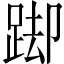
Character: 踋